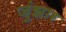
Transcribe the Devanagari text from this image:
जुंझार